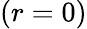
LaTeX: (r=0)